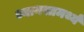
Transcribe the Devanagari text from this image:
ध्यानसामर्थ्य